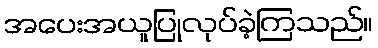
အပေးအယူပြုလုပ်ခဲ့ကြသည်။